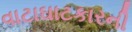
વાટાઘાટકારની